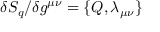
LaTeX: \delta S _ { q } / \delta g ^ { \mu \nu } = \{ Q , \lambda _ { \mu \nu } \}